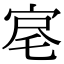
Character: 𡨉